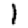
Digit: 1